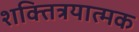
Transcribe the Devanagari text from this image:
शक्तित्रयात्मक